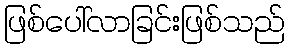
ဖြစ်ပေါ်လာခြင်းဖြစ်သည်